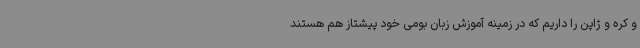
و کره و ژاپن را داریم که در زمینه آموزش زبان بومی خود پیشتاز هم هستند